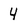
Character: 4